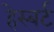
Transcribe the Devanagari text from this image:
हेस्बर्ट